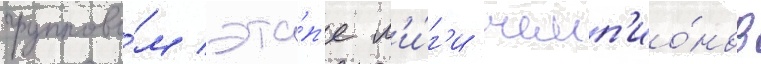
группово́м эта́п'е л'и́г'и чемп'ио́нов